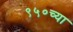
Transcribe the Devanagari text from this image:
९५०च्या